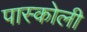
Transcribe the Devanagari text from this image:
पास्कोली